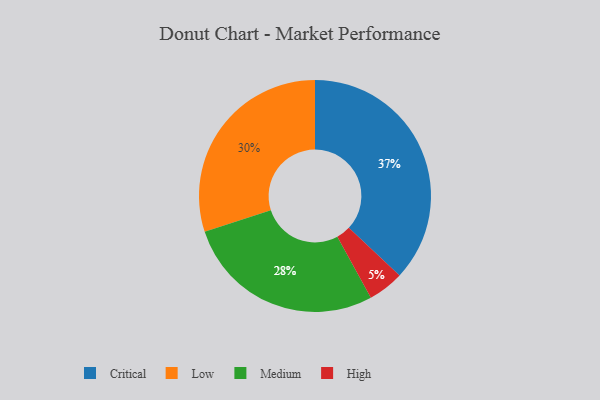
{"axis": {"x": "Category", "y": "Percentage"}, "legend": ["Critical", "High", "Low", "Medium"], "data": [{"x": "Critical", "y": 37, "type": "Critical"}, {"x": "High", "y": 5, "type": "High"}, {"x": "Medium", "y": 28, "type": "Medium"}, {"x": "Low", "y": 30, "type": "Low"}]}